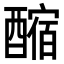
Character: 𨢲